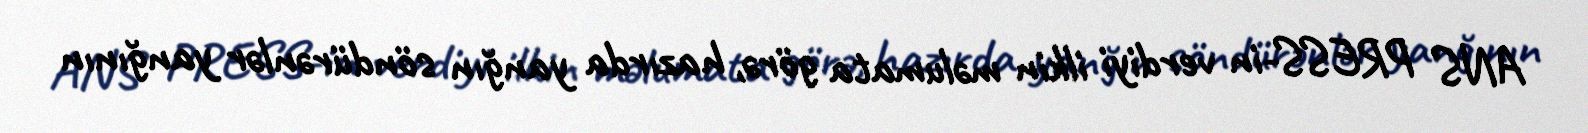
ANS PRESS-in verdiyi ilkin məlumata görə, hazırda yanğın söndürənlər yanğının